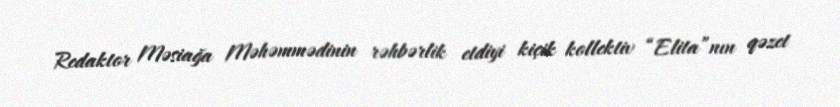
Redaktor Məsiağa Məhəmmədinin rəhbərlik etdiyi kiçik kollektiv “Elita”nın qəzet